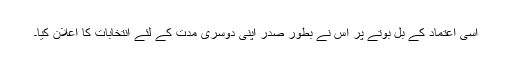
اسی اعتماد کے بل بوتے پر اس نے بطور صدر اپنی دوسری مدت کے لئے انتخابات کا اعلان کیا۔